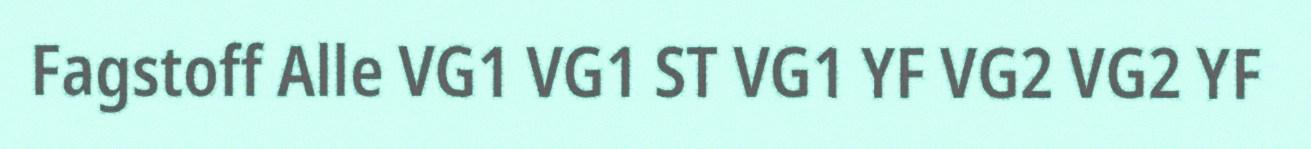
Fagstoff Alle VG1 VG1 ST VG1 YF VG2 VG2 YF